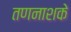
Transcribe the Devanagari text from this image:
तणनाशके